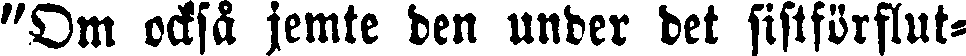
"Om också jemte den under det sistförflut-